Jarvakandi_vallavalitsus, lk 20
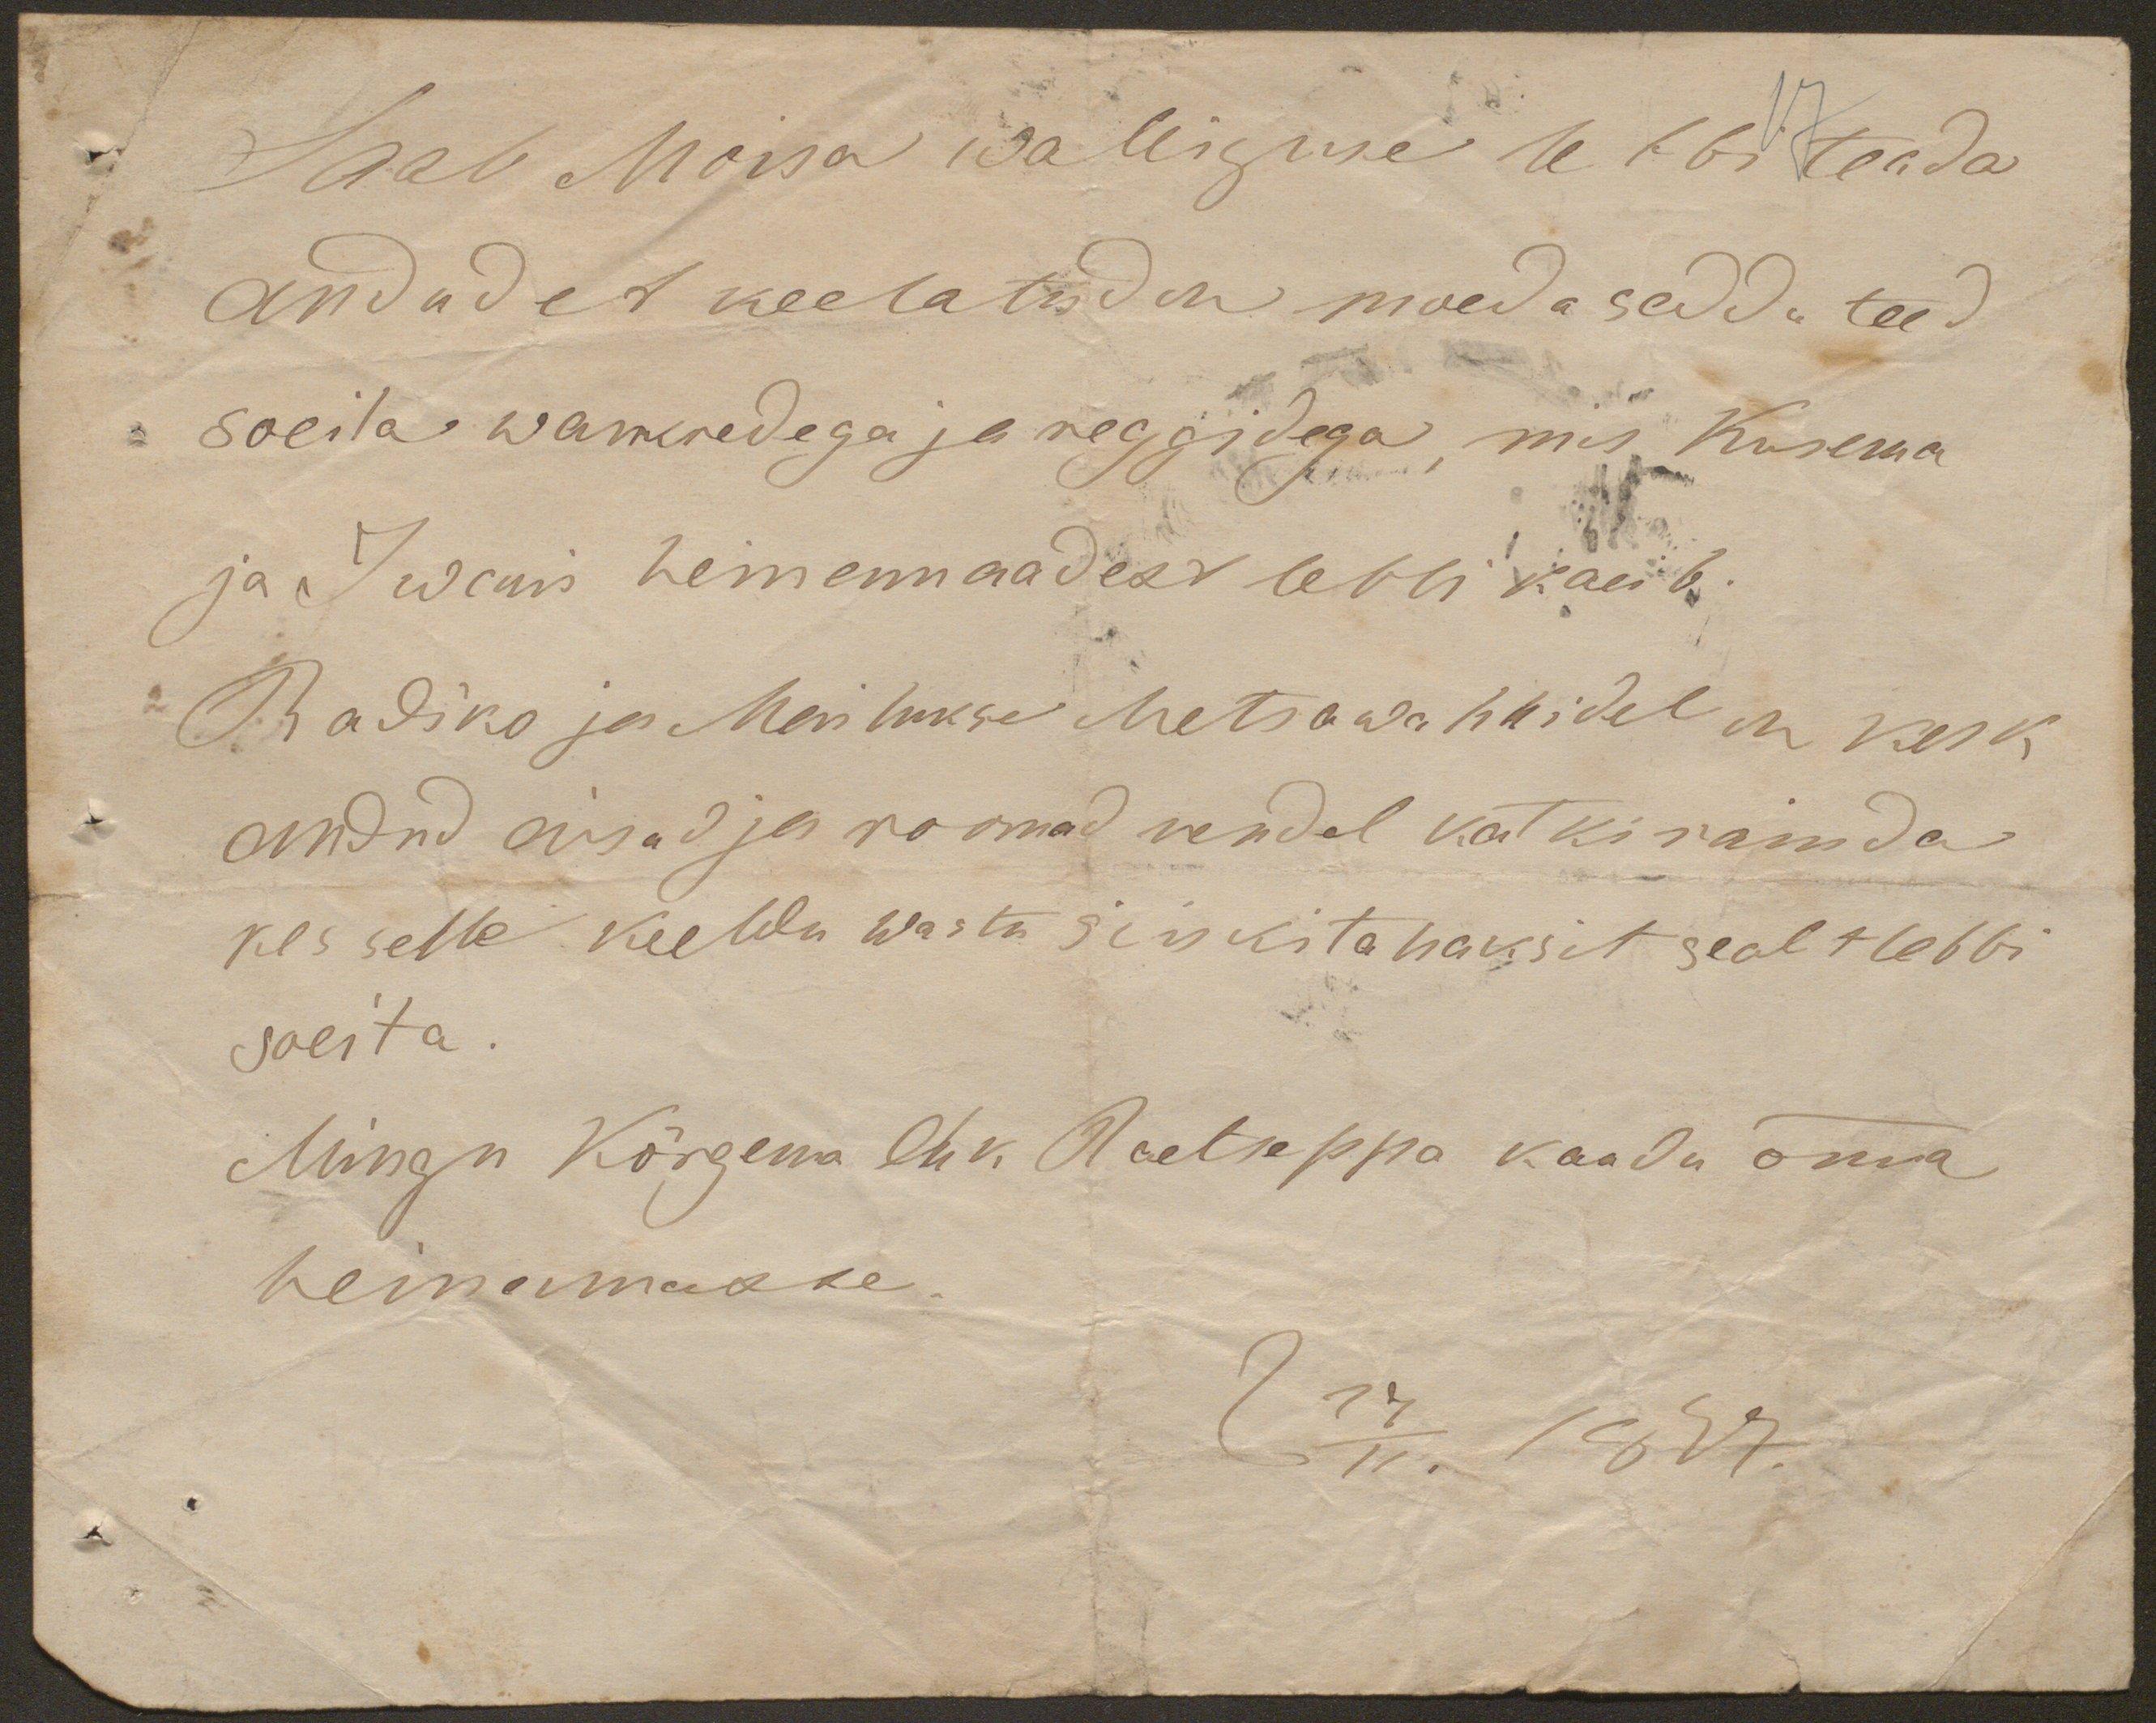
Saab Moisa idaleiguse se lbi teada
andud et keelatud on moeda sedda teed
soeila wankredega ja reggidega , mis Kasema
ja Iwanis heimemaadest lebbi kaeib-
Radiko ja Merilukse Metsawahhidel on kesk
andud aisad ja roomad nendel katki raiuda
kes selle keeldu wastu siiski tahaksit sealt lebbi
soeita.
Mingu Kõrgema ehk Raetseppa kaadu oma
heinamasse.
d 14/11. 1887